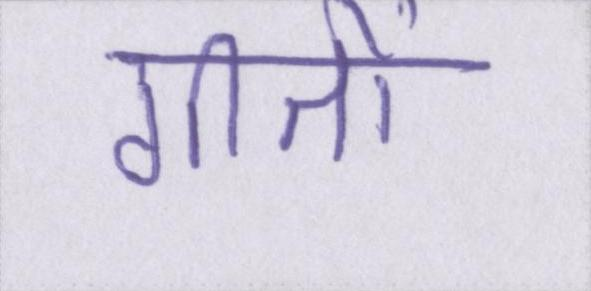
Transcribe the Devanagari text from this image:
गीतों